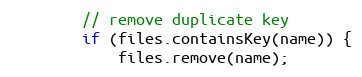
Language: Java
        // remove duplicate key
        if (files.containsKey(name)) {
            files.remove(name);